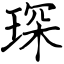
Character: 琛